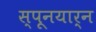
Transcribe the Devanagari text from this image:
स्पूनयार्न